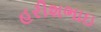
હરીશભાઇ